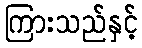
ကြားသည်နှင့်